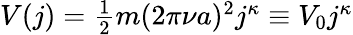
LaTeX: \begin{array}{r}{V(j)=\frac{1}{2}m(2\pi\nu a)^{2}j^{\kappa}\equiv V_{0}j^{\kappa}}\end{array}